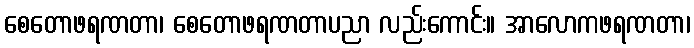
စေတောဖရဏတာ၊ စေတောဖရဏတာပညာ လည်းကောင်း။ အာလောကဖရဏတာ၊